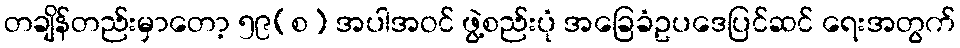
တချိန်တည်းမှာတော့ ၅၉(စ) အပါအဝင် ဖွဲ့စည်းပုံ အခြေခံဥပဒေပြင်ဆင် ရေးအတွက်